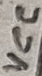
Text: VCC